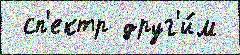
 сп'ектр друг'и́м